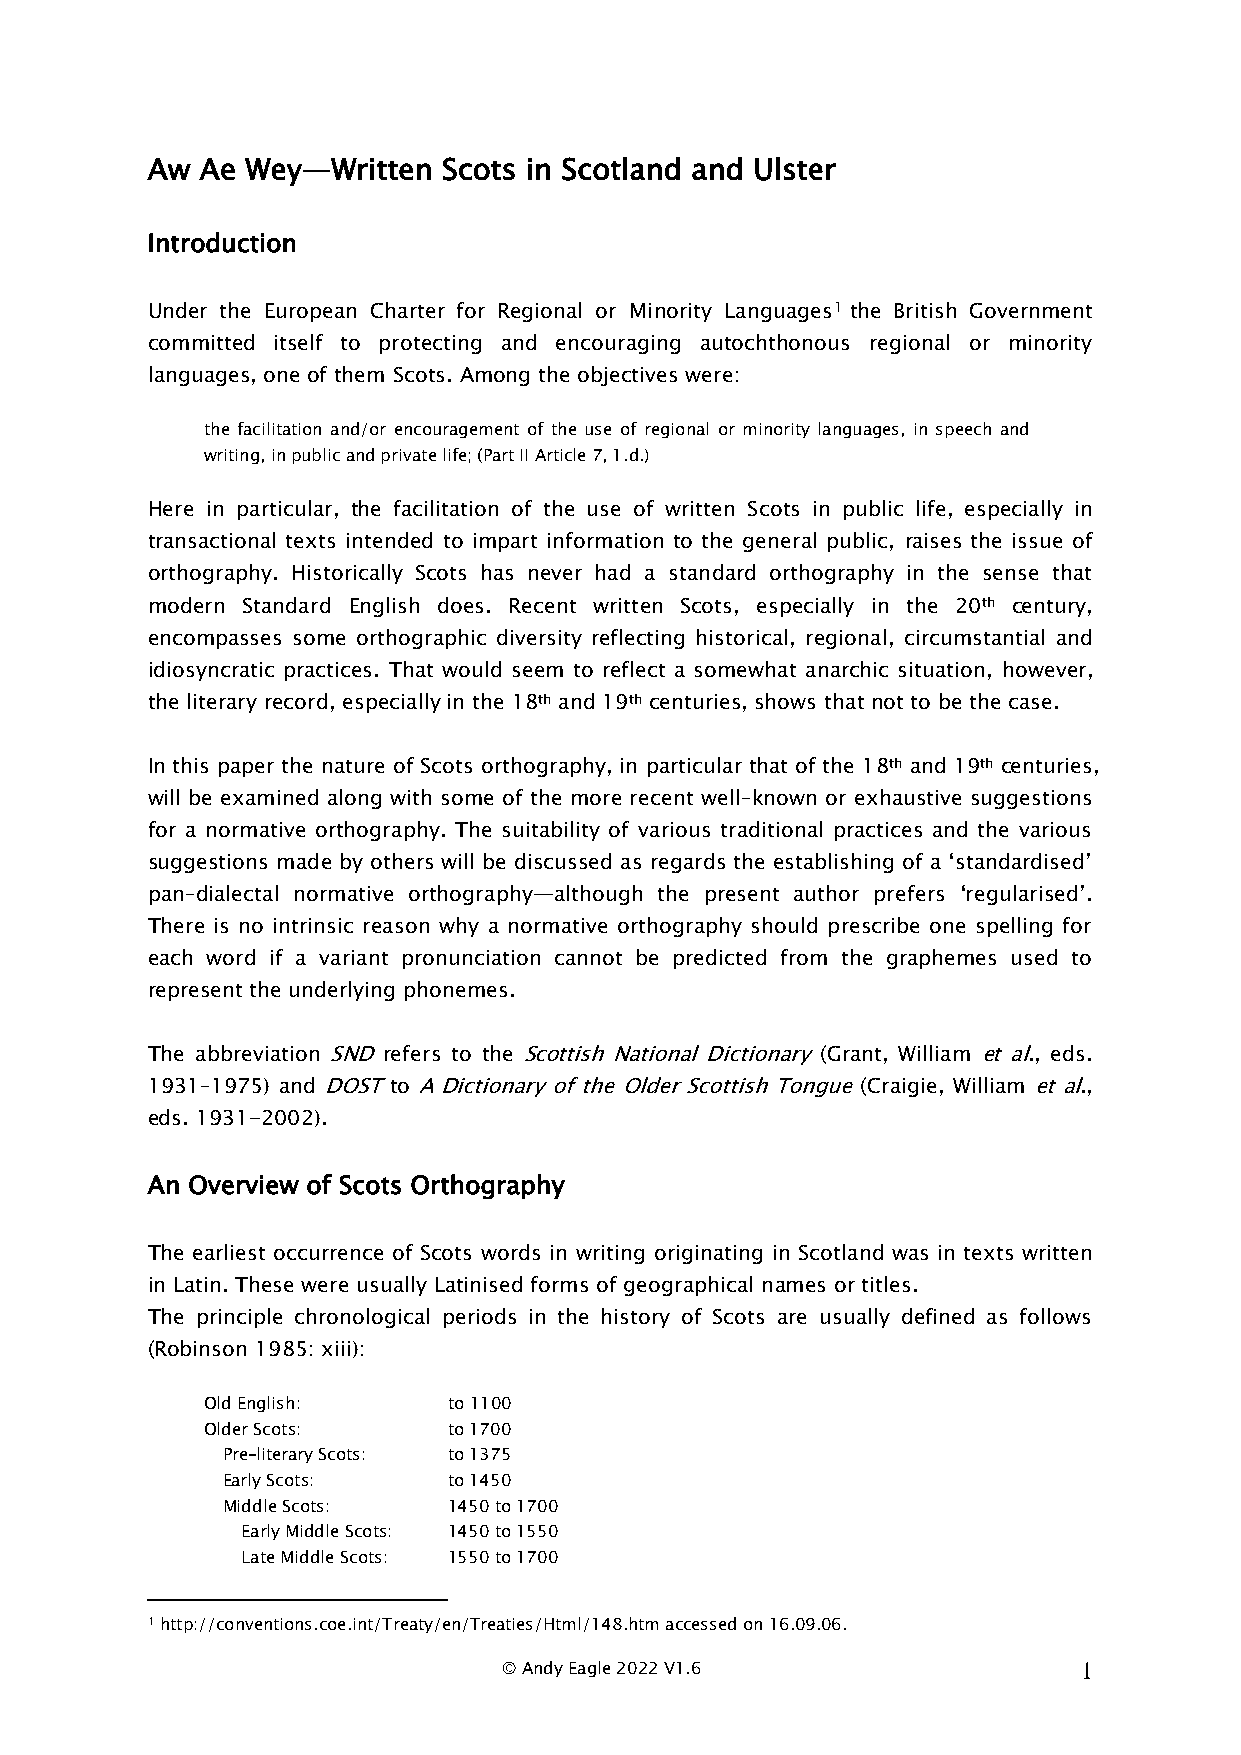
Aw Ae Wey—Written  Scots in Scotland and Ulster
 Introduction
 Under the European Charter for Regional or Minority Languages1 the British Government
 committed itself to protecting and encouraging autochthonous regional or minority
 languages, one of them Scots. Among the objectives were:
 the facilitation and/or encouragement of the use of regional or minority languages, in speech and
 writing, in public and private life; (Part II Article 7, 1.d.)
 Here in particular, the facilitation of the use of written Scots in public life, especially in
 transactional texts intended to impart information to the general public, raises the issue of
 orthography. Historically Scots has never had a standard orthography in the sense that
 modern Standard English does. Recent written Scots, especially in the 20th century,
 encompasses some orthographic diversity reflecting historical, regional, circumstantial and
 idiosyncratic practices. That would seem to reflect a somewhat anarchic situation, however,
 the literary record, especially in the 18th and 19th centuries, shows that not to be the case.
 In this paper the nature of Scots orthography, in particular that of the 18th and 19th centuries,
 will be examined along with some of the more recent well–known or exhaustive suggestions
 for a normative orthography. The suitability of various traditional practices and the various
 suggestions made by others will be discussed as regards the establishing of a ‘standardised’
 pan–dialectal normative orthography—although the present author prefers ‘regularised’.
 There is no intrinsic reason why a normative orthography should prescribe one spelling for
 each word if a variant pronunciation cannot be predicted from the graphemes used to
 represent the underlying phonemes.
 The abbreviation SND refers to the Scottish National Dictionary (Grant, William et al., eds.
 1931–1975) and DOST to A Dictionary of the Older Scottish Tongue (Craigie, William et al.,
 eds. 1931-2002).
 An Overview of Scots Orthography
 The earliest occurrence of Scots words in writing originating in Scotland was in texts written
 in Latin. These were usually Latinised forms of geographical names or titles.
 The principle chronological periods in the history of Scots are usually defined as follows
 (Robinson 1985: xiii):
 Old English:     to 1100
 Older Scots:     to 1700
 Pre–literary Scots: to 1375
 Early Scots:   to 1450
 Middle Scots:  1450 to 1700
 Early Middle Scots: 1450 to 1550
 Late Middle Scots: 1550 to 1700
 1 http://conventions.coe.int/Treaty/en/Treaties/Html/148.htm accessed on 16.09.06.
 © Andy Eagle 2022 V1.6                 1